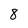
Character: 8